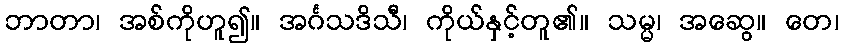
ဘာတာ၊ အစ်ကိုဟူ၍။ အင်္ဂသဒိသီ၊ ကိုယ်နှင့်တူ၏။ သမ္မ၊ အဆွေ။ တေ၊